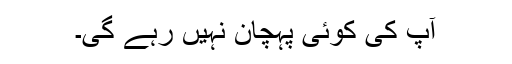
آپ کی کوئی پہچان نہیں رہے گی۔